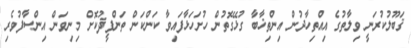
ޤަބޫލުކުރަނީ ވިލާތުގެ އިއްތިހާދުން އިންތިޚާބާ ގުޅޭގޮތުން ހުށަހަޅާފައިވާ ކަންކަން ތަންފީޛުކޮށް މިނިވަން އިންސާފުވެރި